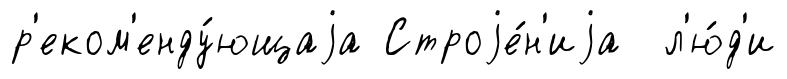
р'еком'енду́ющаjа Строjе́н'иjа л'ю́д'и